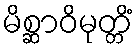
မိစ္ဆာဝိမုတ္တိံ